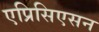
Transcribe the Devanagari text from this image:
एप्रिसिएसन